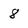
Character: 8